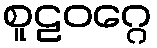
စူဠဝဂ္ဂေ